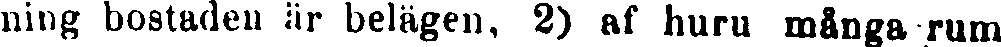
ning bostaden är belägen, 2) af huru många rum